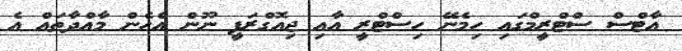
އާޓްސް ސްޓްރީމްގައި ހިމެނޭ ހިސްޓްރީ އާއި ޖިއޮގްރަފީ ނޫން އެހެން މާއްދާތައް އެ